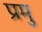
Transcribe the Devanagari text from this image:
प्रमु